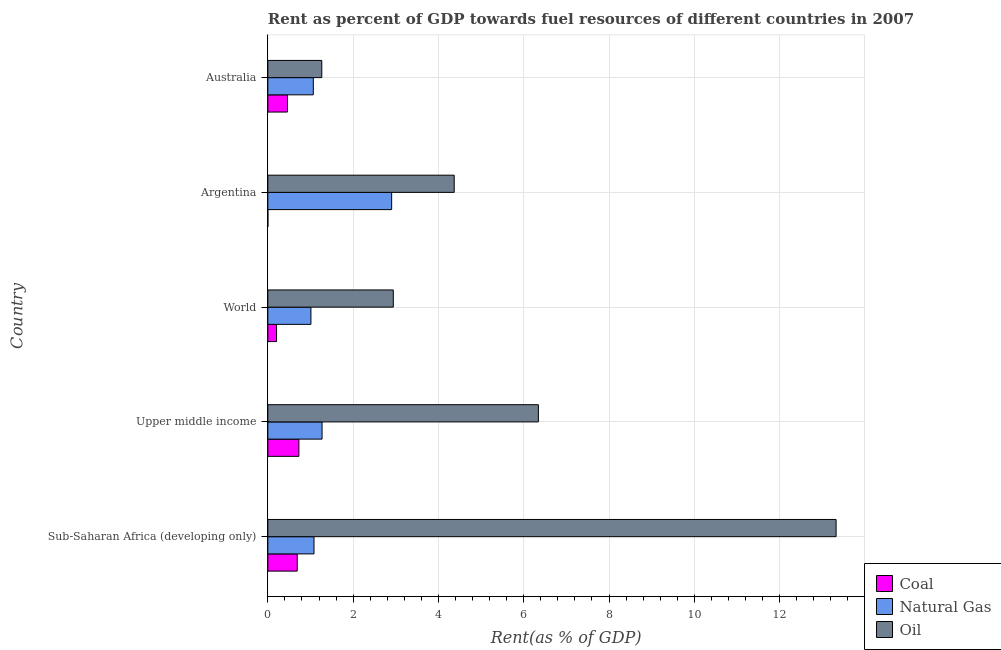
| Country | Coal | Natural Gas | Oil |
 | --- | --- | --- | --- |
 | Sub-Saharan Africa (developing only) | 0.689 | 1.08 | 13.3 |
 | Upper middle income | 0.728 | 1.27 | 6.34 |
 | World | 0.204 | 1.01 | 2.94 |
 | Argentina | 0.000452 | 2.9 | 4.37 |
 | Australia | 0.46 | 1.07 | 1.26 |